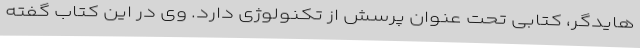
هایدگر، کتابی تحت عنوان پرسش از تکنولوژی دارد. وی در این کتاب گفته